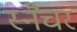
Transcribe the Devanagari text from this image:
स्नैचर